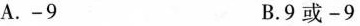
A.-9 B.9或-9